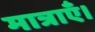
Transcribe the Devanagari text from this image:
मात्राएँ।